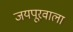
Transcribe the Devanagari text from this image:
जयपूरवाला